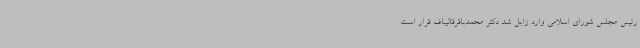
رئیس مجلس شورای اسلامی وارد زابل شد دکتر محمدباقرقالیباف قرار است